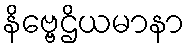
နိဗ္ဗေဌိယမာနာ